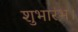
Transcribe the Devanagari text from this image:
शुभारंभ।